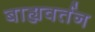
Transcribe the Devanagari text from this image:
बाह्यवर्तन